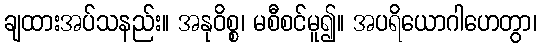
ချထားအပ်သနည်း။ အနုဝိစ္စ၊ မစီစင်မူ၍။ အပရိယောဂါဟေတွာ၊